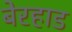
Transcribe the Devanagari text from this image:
बेरहाड